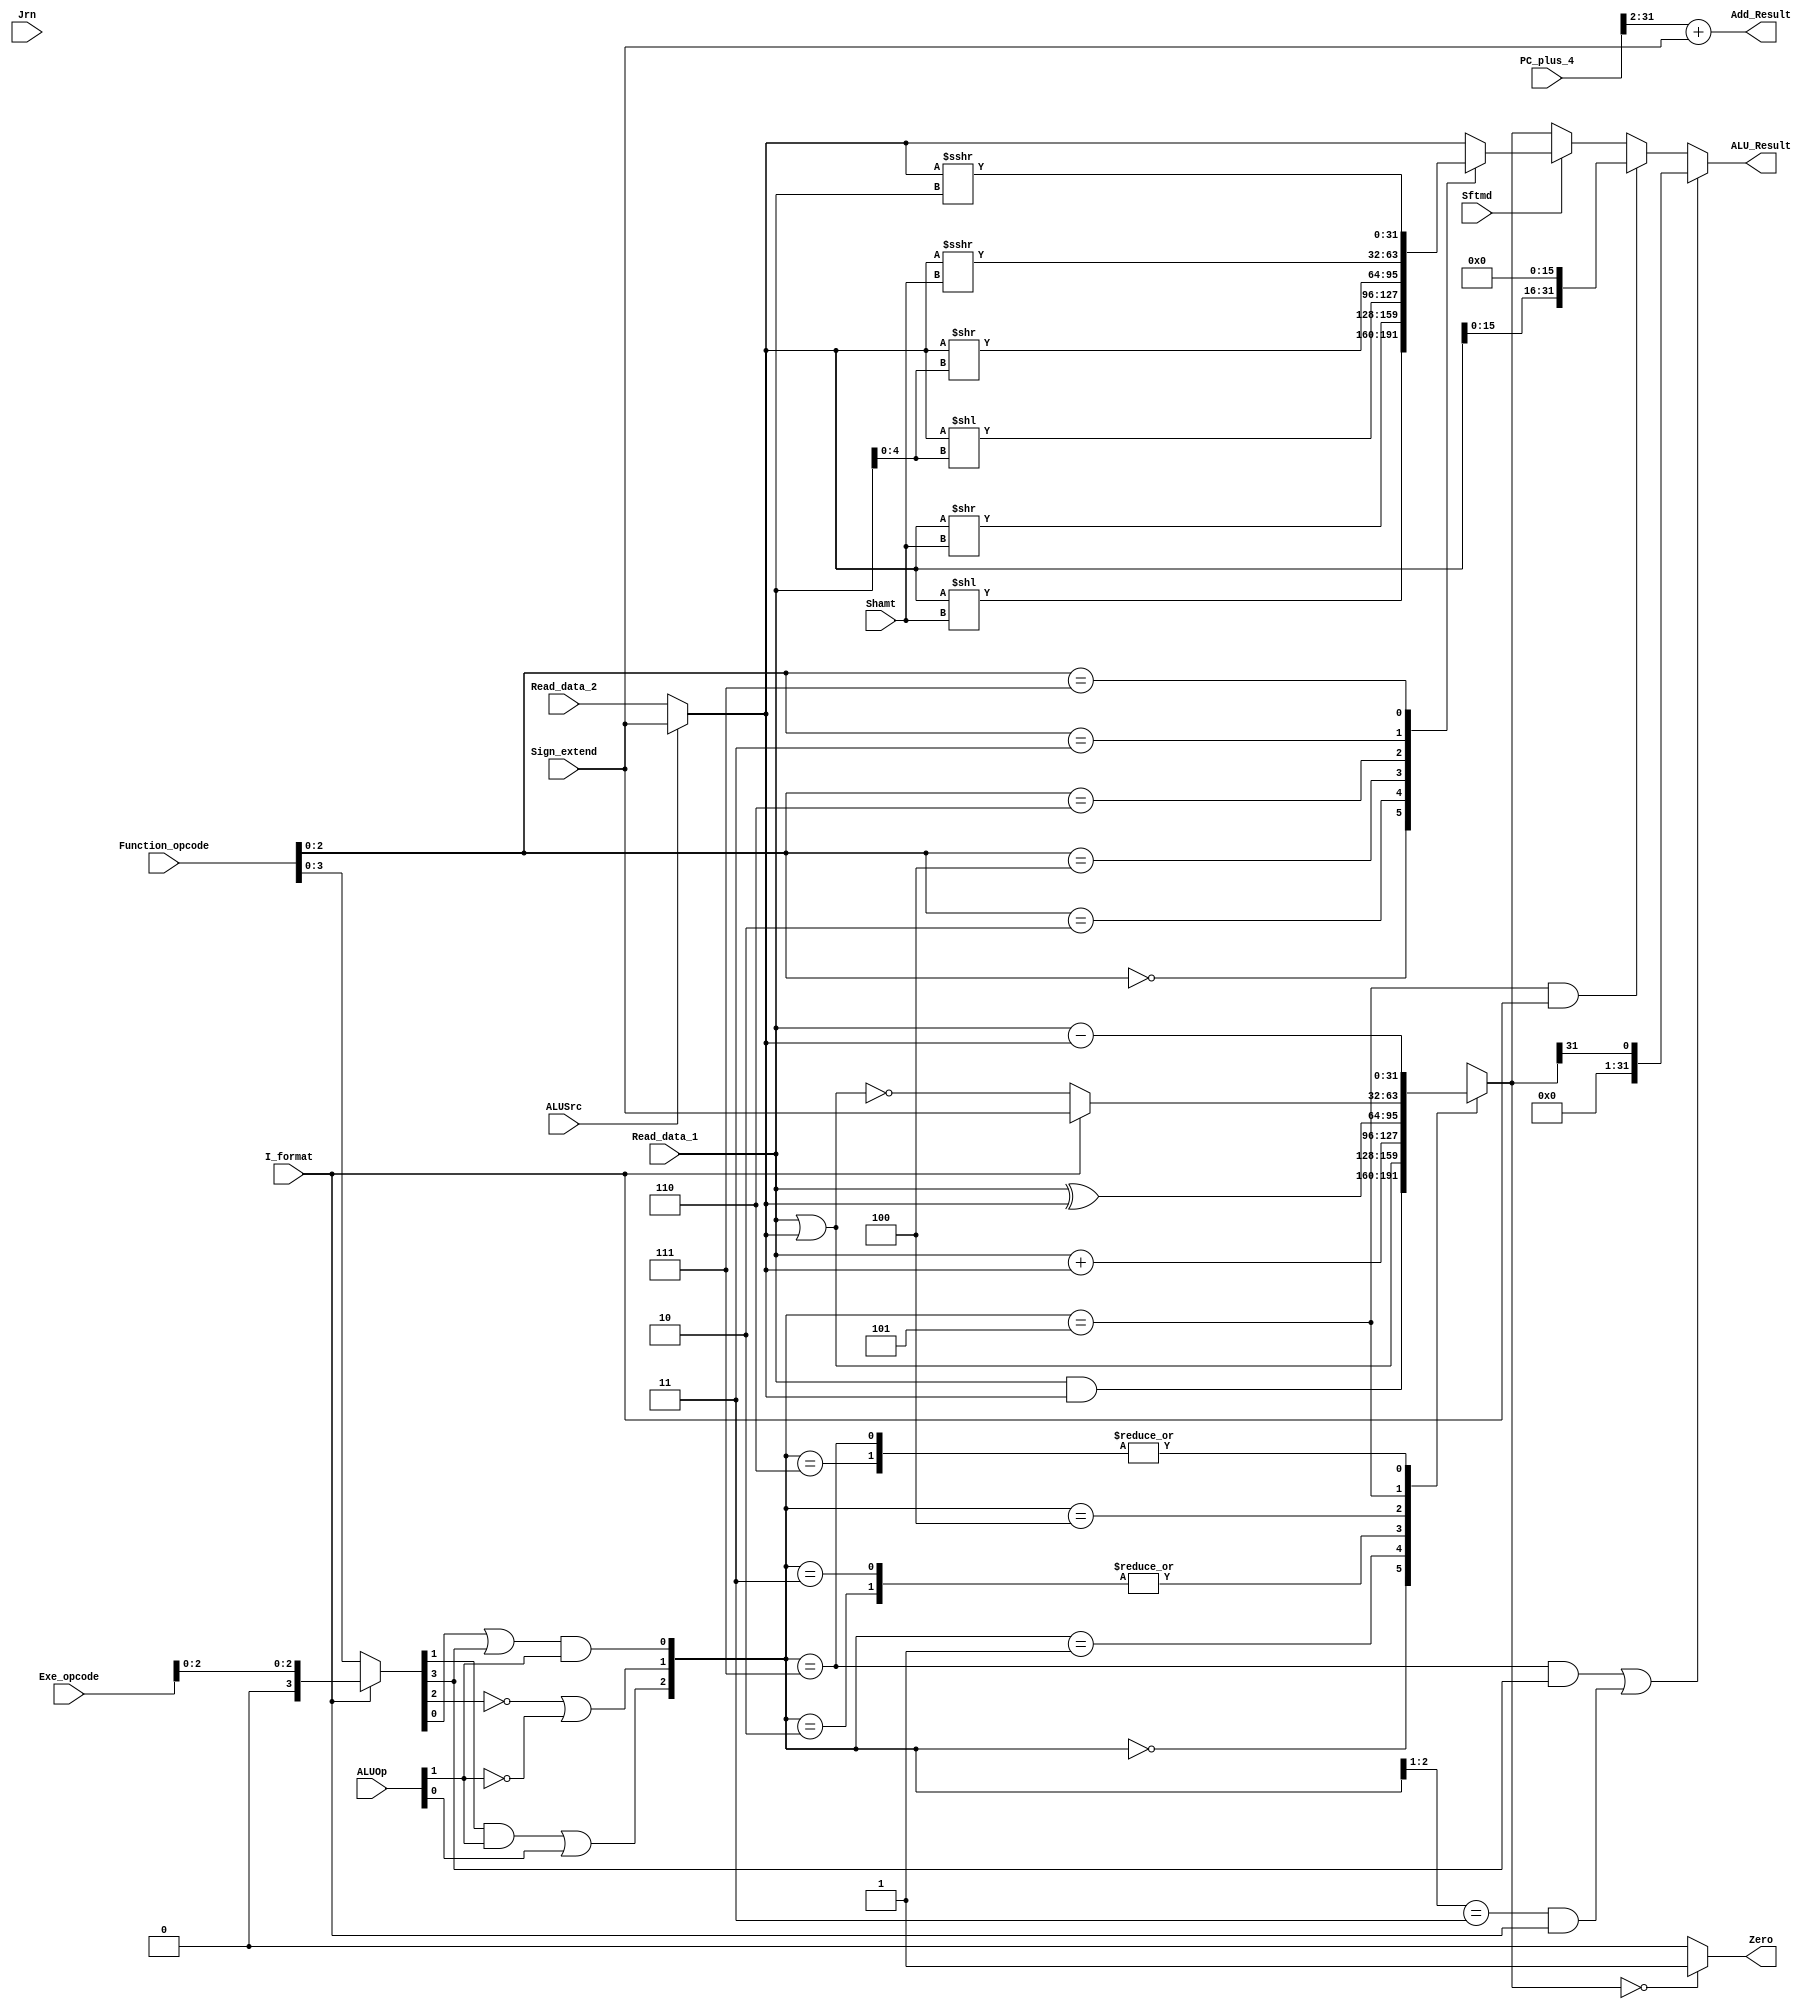
`timescale 1ns / 1ps
//////////////////////////////////////////////////////////////////////////////////

module Executs32(Read_data_1,Read_data_2,Sign_extend,Function_opcode,Exe_opcode,ALUOp,
                 Shamt,ALUSrc,I_format,Zero,Jrn,Sftmd,ALU_Result,Add_Result,PC_plus_4
                 );
    input[31:0]  Read_data_1;		// Read_data_1
    input[31:0]  Read_data_2;		// Read_data_2
    input[31:0]  Sign_extend;		// 
    input[5:0]   Function_opcode;  	// r-,r-form instructions[5:0]
    input[5:0]   Exe_opcode;  		// 
    input[1:0]   ALUOp;             // 
    input[4:0]   Shamt;             // instruction[10:6]
    input  		 Sftmd;            // 
    input        ALUSrc;            // beqbne
    input        I_format;          // beq, bne, LW, SWI-
    input        Jrn;               // JR
    output       Zero;              // 10 
    output[31:0] ALU_Result;        // 
    output[31:0] Add_Result;		//         
    input[31:0]  PC_plus_4;         // PC+4
    
    reg[31:0] ALU_Result;
    wire[31:0] Ainput,Binput;
    reg[31:0] Cinput,Dinput;
    reg[31:0] Einput,Finput;
    reg[31:0] Ginput,Hinput;
    reg[31:0] Sinput;
    reg[31:0] ALU_output_mux;
    wire[32:0] Branch_Add;
    wire[2:0] ALU_ctl;
    wire[5:0] Exe_code;
    wire[2:0] Sftm;
    wire Sftmd;
    reg s;
    
    assign Sftm = Function_opcode[2:0];   // (
    assign Exe_code = (I_format==0) ? Function_opcode : {3'b000,Exe_opcode[2:0]};
    assign Ainput = Read_data_1;
    assign Binput = (ALUSrc == 0) ? Read_data_2 : Sign_extend[31:0]; //R/LW,SW  sft  elseLWSW
    assign ALU_ctl[0] = (Exe_code[0] | Exe_code[3]) & ALUOp[1];      //24H AND 
    assign ALU_ctl[1] = ((!Exe_code[2]) | (!ALUOp[1]));
    assign ALU_ctl[2] = (Exe_code[1] & ALUOp[1]) | ALUOp[0];
 


always @* begin  // 6
       if(Sftmd)
        case(Sftm[2:0])
            3'b000:Sinput = Binput << Shamt;			   //Sll rd,rt,shamt  00000
            3'b010:Sinput = Binput >> Shamt; 		       //Srl rd,rt,shamt  00010
            3'b100:Sinput = Binput << Ainput[4:0];                   //Sllv rd,rt,rs 000100
            3'b110:Sinput = Binput >> Ainput[4:0];                   //Srlv rd,rt,rs 000110
            3'b011:Sinput = $signed(Binput) >>> Shamt;         		//Sra rd,rt,shamt 00011
            3'b111:Sinput = $signed(Binput) >>> Ainput;		        //Srav rd,rt,rs 00111
            default:Sinput = Binput;
        endcase
       else Sinput = Binput;
    end
 
    always @* begin
        if(((ALU_ctl==3'b111) && (Exe_code[3]==1))||((ALU_ctl[2:1]==2'b11) && (I_format==1))) //slti(sub)  SLT
            ALU_Result = ALU_output_mux[31];
        else if((ALU_ctl==3'b101) && (I_format==1)) ALU_Result[31:0] = {Binput[15:0], {16{1'b0}}};   //lui data
        else if(Sftmd==1) ALU_Result = Sinput;   //  
        else  ALU_Result = ALU_output_mux[31:0];   //otherwise
    end
 
    assign Branch_Add = PC_plus_4[31:2] + Sign_extend[31:0];
    assign Add_Result = Branch_Add[31:0];   //PC416
    assign Zero = (ALU_output_mux[31:0]== 32'h00000000) ? 1'b1 : 1'b0;
    
    always @(ALU_ctl or Ainput or Binput) begin
        case(ALU_ctl)
            3'b000:ALU_output_mux = Ainput & Binput;
            3'b001:ALU_output_mux = Ainput | Binput;
            3'b010:ALU_output_mux = Ainput + Binput;
            3'b011:ALU_output_mux = Ainput + Binput;
            3'b100:ALU_output_mux = Ainput ^ Binput;
            3'b101:ALU_output_mux = (I_format == 1) ? Sign_extend : ~(Ainput | Binput);
            3'b110:ALU_output_mux = Ainput - Binput;
            3'b111:ALU_output_mux = Ainput - Binput;
            default:ALU_output_mux = 32'h00000000;
        endcase
    end
endmodule